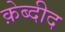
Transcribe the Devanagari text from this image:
क़ेब्दीद